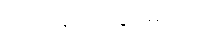
လုပ်ဆောင်သွားမည်ဟု